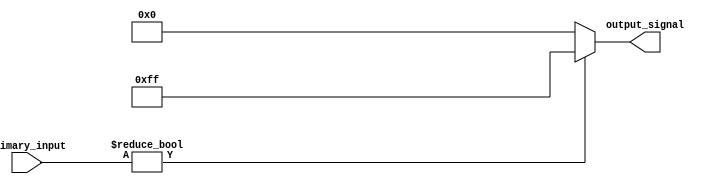
module conditional_operator_assignment (
    input wire [3:0] primary_input,  // 4-bit primary input signal
    output reg [7:0] output_signal    // 8-bit output signal
);

// Always block for combinational logic
always @(*) begin
    // Conditional operator assignment
    output_signal = (primary_input != 4'b0000) ? 8'hFF : 8'h00; // Assign 255 if true, else 0
end

endmodule